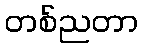
တစ်ညတာ